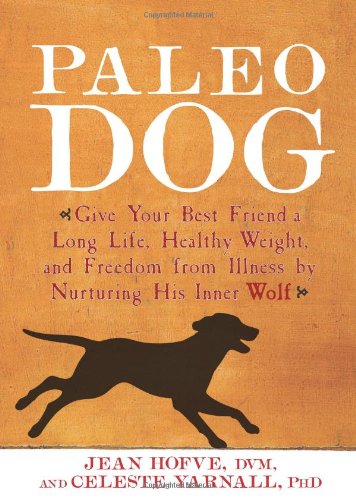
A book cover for Paleo Dog: Give Your Best Friend a Long Life, Healthy Weight, and Freedom from Illness by Nurturing His Inner Wolf; Jean Hofve; Crafts, Hobbies & Home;